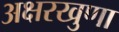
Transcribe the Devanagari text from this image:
अक्षरखुणा